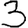
Digit: 3